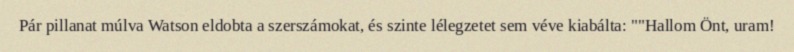
Pár pillanat múlva Watson eldobta a szerszámokat, és szinte lélegzetet sem véve kiabálta: ""Hallom Önt, uram!